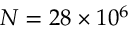
N = 2 8 \times 1 0 ^ { 6 }